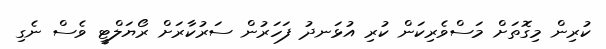
ކުރިން މިގޮތަށް މަސްވެރިކަން ކުރި އުޅަނދު ފަހަރުން ސަރުކާރަށް ރޯޔަލްޓީ ވެސް ނެގި